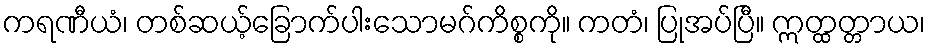
ကရဏီယံ၊ တစ်ဆယ့်ခြောက်ပါးသောမဂ်ကိစ္စကို။ ကတံ၊ ပြုအပ်ပြီ။ ဣတ္ထတ္တာယ၊